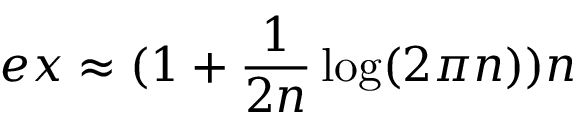
e x \approx ( 1 + \frac { 1 } { 2 n } \log ( 2 \pi n ) ) n